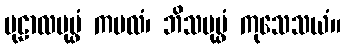
မုဠာလပုပ္ဖံ ကမလံ၊ ဘိသပုပ္ဖံ ကုသေသယံ။